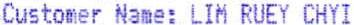
CUSTOMER NAME: LIM RUEY CHYI